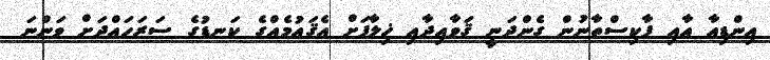
އިންޑިއާ އާއި ޕާކިސްތާނުން ގެންދަނީ ޤަވާއިދާއި ޚިލާފަށް އެޤައުމެއްގެ ކަނޑުގެ ސަރަހައްދަށް ވަންނަ